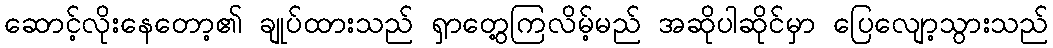
ဆောင့်လိုးနေတော့၏ ချုပ်ထားသည် ရှာတွေ့ကြလိမ့်မည် အဆိုပါဆိုင်မှာ ပြေလျော့သွားသည်